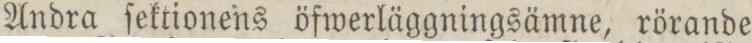
Andra ſektionens öfwerläggningsämne, rörande